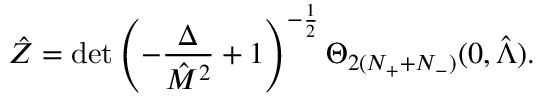
\hat { \cal Z } = \operatorname * { d e t } \left( - { \frac { \Delta } { \hat { M } ^ { 2 } } } + 1 \right) ^ { - { \frac { 1 } { 2 } } } \Theta _ { 2 ( N _ { + } + N _ { - } ) } ( 0 , \hat { \Lambda } ) .